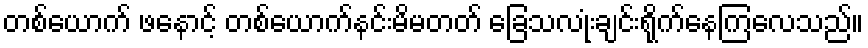
တစ်ယောက် ဖနောင့် တစ်ယောက်နင်းမိမတတ် ခြေသလုံးချင်းရိုက်နေကြလေသည်။